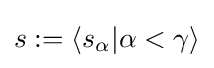
s:=\langle s_{\alpha }|\alpha <\gamma \rangle